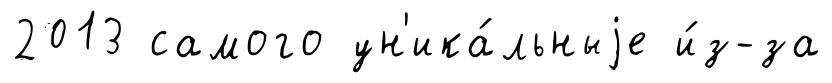
2013 самого ун'ика́льныjе и́з-за